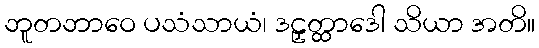
ဘူတဘာဝေ ပသံသာယံ၊ ဒဠှတ္ထာဒေါ သိယာ အတိ။